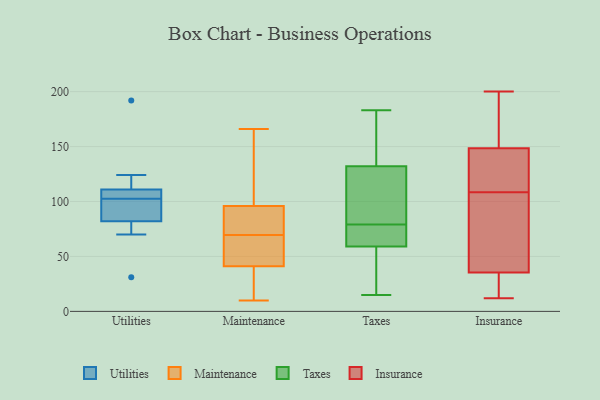
{"axis": {"x": "Website Visitors", "y": "Value"}, "legend": ["Insurance", "Maintenance", "Taxes", "Utilities"], "data": [{"x": "", "y": 124, "type": "Utilities"}, {"x": "", "y": 85, "type": "Utilities"}, {"x": "", "y": 31, "type": "Utilities"}, {"x": "", "y": 102, "type": "Utilities"}, {"x": "", "y": 84, "type": "Utilities"}, {"x": "", "y": 81, "type": "Utilities"}, {"x": "", "y": 82, "type": "Utilities"}, {"x": "", "y": 103, "type": "Utilities"}, {"x": "", "y": 110, "type": "Utilities"}, {"x": "", "y": 104, "type": "Utilities"}, {"x": "", "y": 111, "type": "Utilities"}, {"x": "", "y": 70, "type": "Utilities"}, {"x": "", "y": 115, "type": "Utilities"}, {"x": "", "y": 192, "type": "Utilities"}, {"x": "", "y": 10, "type": "Maintenance"}, {"x": "", "y": 35, "type": "Maintenance"}, {"x": "", "y": 73, "type": "Maintenance"}, {"x": "", "y": 42, "type": "Maintenance"}, {"x": "", "y": 96, "type": "Maintenance"}, {"x": "", "y": 117, "type": "Maintenance"}, {"x": "", "y": 41, "type": "Maintenance"}, {"x": "", "y": 75, "type": "Maintenance"}, {"x": "", "y": 66, "type": "Maintenance"}, {"x": "", "y": 166, "type": "Maintenance"}, {"x": "", "y": 130, "type": "Taxes"}, {"x": "", "y": 86, "type": "Taxes"}, {"x": "", "y": 67, "type": "Taxes"}, {"x": "", "y": 183, "type": "Taxes"}, {"x": "", "y": 44, "type": "Taxes"}, {"x": "", "y": 146, "type": "Taxes"}, {"x": "", "y": 132, "type": "Taxes"}, {"x": "", "y": 72, "type": "Taxes"}, {"x": "", "y": 59, "type": "Taxes"}, {"x": "", "y": 60, "type": "Taxes"}, {"x": "", "y": 164, "type": "Taxes"}, {"x": "", "y": 21, "type": "Taxes"}, {"x": "", "y": 15, "type": "Taxes"}, {"x": "", "y": 115, "type": "Taxes"}, {"x": "", "y": 159, "type": "Insurance"}, {"x": "", "y": 138, "type": "Insurance"}, {"x": "", "y": 123, "type": "Insurance"}, {"x": "", "y": 165, "type": "Insurance"}, {"x": "", "y": 55, "type": "Insurance"}, {"x": "", "y": 159, "type": "Insurance"}, {"x": "", "y": 128, "type": "Insurance"}, {"x": "", "y": 28, "type": "Insurance"}, {"x": "", "y": 96, "type": "Insurance"}, {"x": "", "y": 107, "type": "Insurance"}, {"x": "", "y": 178, "type": "Insurance"}, {"x": "", "y": 200, "type": "Insurance"}, {"x": "", "y": 132, "type": "Insurance"}, {"x": "", "y": 95, "type": "Insurance"}, {"x": "", "y": 28, "type": "Insurance"}, {"x": "", "y": 110, "type": "Insurance"}, {"x": "", "y": 12, "type": "Insurance"}, {"x": "", "y": 41, "type": "Insurance"}, {"x": "", "y": 30, "type": "Insurance"}, {"x": "", "y": 24, "type": "Insurance"}]}